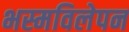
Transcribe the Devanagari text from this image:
भस्मविलेपन